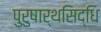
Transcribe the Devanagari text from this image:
पुरुषार्थसिद्धि